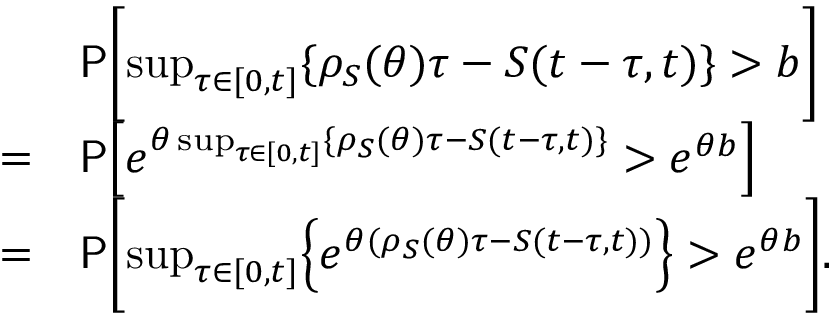
\begin{array} { r l } & { \mathsf { P } \biggl [ \operatorname* { s u p } _ { \tau \in [ 0 , t ] } \{ \rho _ { S } ( \theta ) \tau - S ( t - \tau , t ) \} > b \biggr ] } \\ { = } & { \mathsf { P } \Bigl [ e ^ { \theta \operatorname* { s u p } _ { \tau \in [ 0 , t ] } \{ \rho _ { S } ( \theta ) \tau - S ( t - \tau , t ) \} } > e ^ { \theta b } \Bigr ] } \\ { = } & { \mathsf { P } \biggl [ \operatorname* { s u p } _ { \tau \in [ 0 , t ] } \Bigl \{ e ^ { \theta ( \rho _ { S } ( \theta ) \tau - S ( t - \tau , t ) ) } \Bigr \} > e ^ { \theta b } \biggr ] . } \end{array}